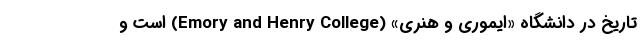
تاریخ در دانشگاه «ایموری و هنری» (Emory and Henry College) است و